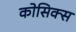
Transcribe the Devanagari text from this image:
कोसिक्स